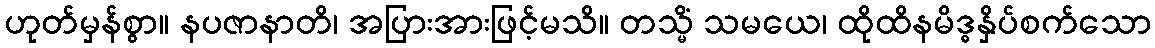
ဟုတ်မှန်စွာ။ နပဇာနာတိ၊ အပြားအားဖြင့်မသိ။ တသ္မိံ သမယေ၊ ထိုထိနမိဒ္ဓနှိပ်စက်သော